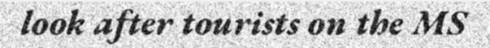
look after tourists on the MS